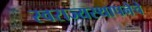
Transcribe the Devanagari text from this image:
स्वराज्यस्थापनेचे